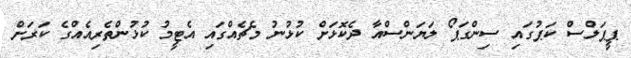
ޕީޕަލްސް ކަޕުގައި ސިންގަޕޯ ލަޔަންސްއާ ދެކޮޅަށް ކުޅުނު މެޗެއްގައި އެޓީމު ކުޅުންތެރިއެއްގެ ކަރަށް